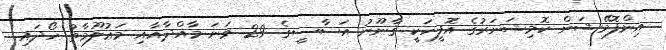
އިންފޮމޭޝަން ކޮމިޝަނަރުގެ އޮފީހަކީ ޤާނޫނު އަސާސީގެ 29 ވަނަ މާއްދާއާއި މަޢުލޫމާތު ހޯދައި